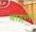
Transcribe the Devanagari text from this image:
बाङ्गला